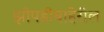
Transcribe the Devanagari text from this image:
झोपडीबाहेरील